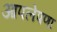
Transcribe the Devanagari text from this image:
आपलेपणा